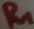
Text: R1